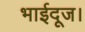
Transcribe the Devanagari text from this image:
भाईदूज।